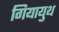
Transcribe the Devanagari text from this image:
गियायुथ